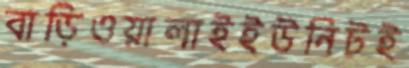
বাড়িওয়ালাইইউনিটই